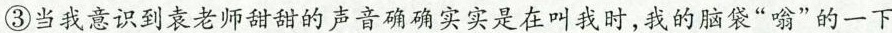
③当我意识到袁老师甜甜的声音确确实实是在叫我时，我的脑袋“嗡”的一下